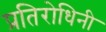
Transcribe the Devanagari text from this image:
प्रतिरोधिनी